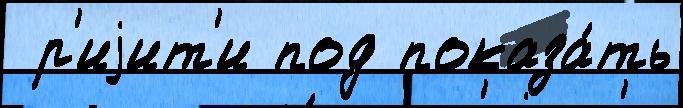
 р'иjит'и под показа́ть